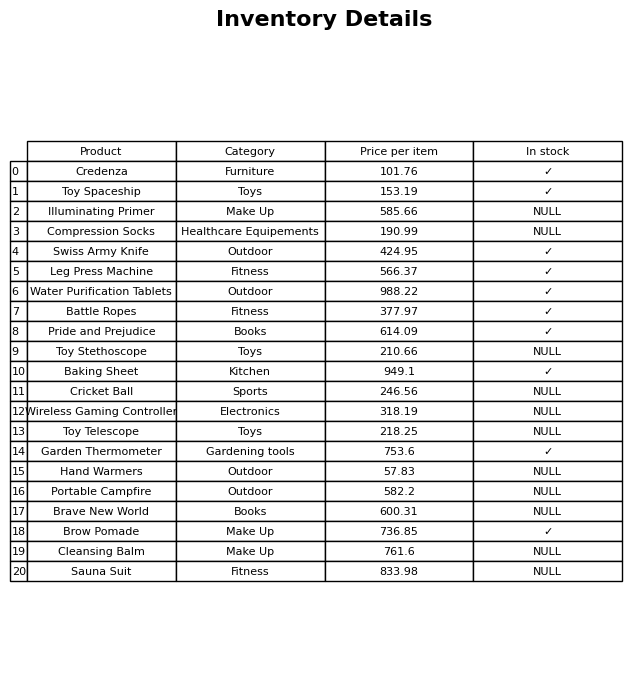
question: What is the price of the Garden Thermometer?
answer: The price of Garden Thermometer is 753.6.